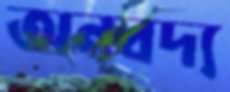
অনবদ্য